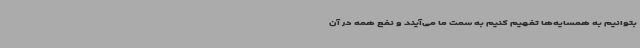
بتوانیم به همسایه‌ها تفهیم کنیم به سمت ما می‌آیند و نفع همه در آن